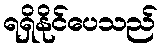
ရရှိနိုင်ပေသည်